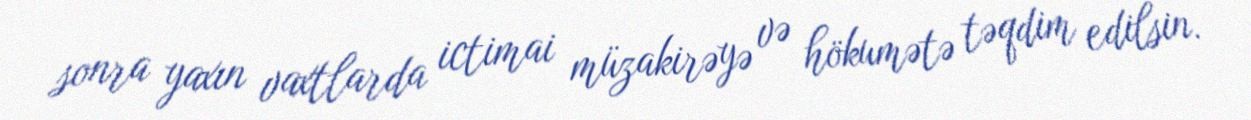
sonra yaxın vaxtlarda ictimai müzakirəyə və hökumətə təqdim edilsin.